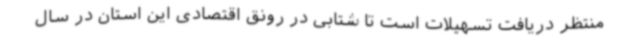
منتظر دریافت تسهیلات است تا شتابی در رونق اقتصادی این استان در سال